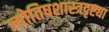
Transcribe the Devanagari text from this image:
ज्योतिषशास्त्रदृष्ट्या